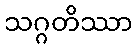
သဂ္ဂတိဿာ